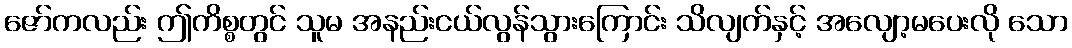
ဇော်ကလည်း ဤကိစ္စတွင် သူမ အနည်းငယ်လွန်သွားကြောင်း သိလျက်နှင့် အလျော့မပေးလို သော